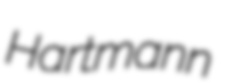
Hartmann